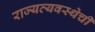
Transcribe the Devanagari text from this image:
राज्यव्यवस्थेची